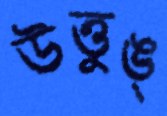
উত্তুঙ্